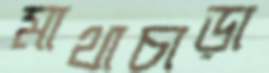
মাথাচাড়া